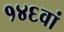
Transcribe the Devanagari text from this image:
१४६वां